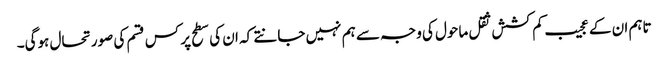
تاہم ان کے عجیب کم کشش ثقل ماحول کی وجہ سے ہم نہیں جانتے کہ ان کی سطح پر کس قسم کی صورتحال ہوگی۔